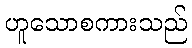
ဟူသောစကားသည်